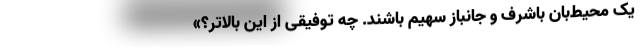
یک محیط‌بان باشرف و جانباز سهیم باشند. چه توفیقی از این بالاتر؟»